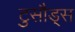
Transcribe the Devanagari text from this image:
टुसौड्स